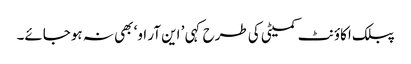
پبلک اکاؤنٹ کمیٹی کی طرح کہی ’ این آر او‘ بھی نہ ہوجائے۔